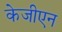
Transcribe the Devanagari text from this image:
केजीएन